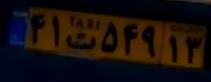
۴۱ت۵۴۹۱۳